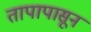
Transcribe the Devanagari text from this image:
तापापासून